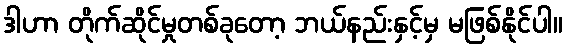
ဒါဟာ တိုက်ဆိုင်မှုတစ်ခုတော့ ဘယ်နည်းနှင့်မှ မဖြစ်နိုင်ပါ။